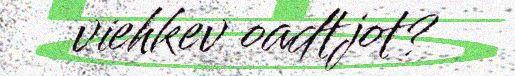
viehkev oadtjot?